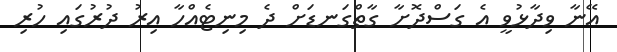
އޭނާ ވިދާޅުވީ އެ ގަސްދޮށާ ގާތްގަނޑަށް ދެ މިނިޓެއްހާ އިރު ދުރުގައި ހުރި